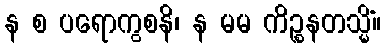
န စ ပရောကွစနိ၊ န မမ ကိဉ္စနတသ္မိံ။